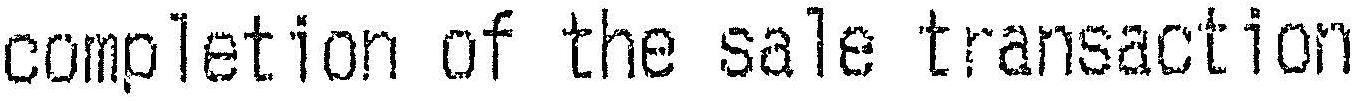
COMPLETION OF THE SALE TRANSACTION